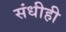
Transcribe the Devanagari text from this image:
संधीही